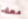
معك